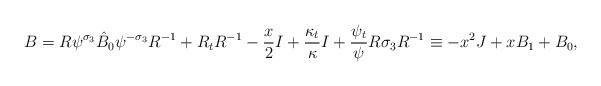
LaTeX: \begin{align*}B= R\psi^{\sigma_3}\hat{B}_0\psi^{-\sigma_3}R^{-1} + R_tR^{-1} - \frac{x}{2}I +\frac{\kappa_t}{\kappa}I +\frac{\psi_t}{\psi} R\sigma_3R^{-1} \equiv -x^2J +x{B}_1 + {B}_0,\end{align*}